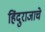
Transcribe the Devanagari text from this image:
हिंदुराजाचे